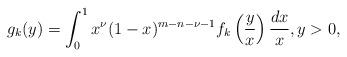
LaTeX: \begin{align*} g_k(y) = \int_0^1 x^{\nu} (1-x)^{m-n-\nu-1} f_k \left( \frac{y}{x} \right) \frac{dx}{x}, y > 0,\end{align*}